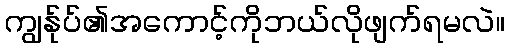
ကျွန်ုပ်၏အကောင့်ကိုဘယ်လိုဖျက်ရမလဲ။